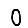
Digit: 0